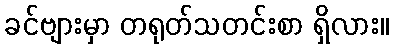
ခင်ဗျားမှာ တရုတ်သတင်းစာ ရှိလား။